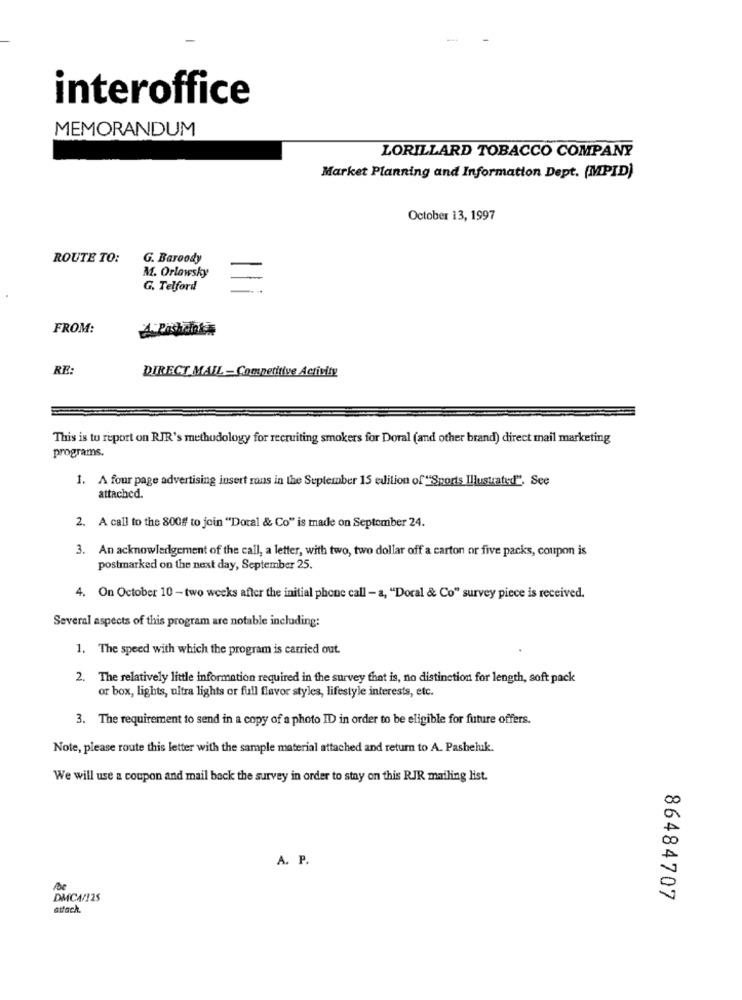
interoffice
MEMORANDUM
LORILLARD TOBACCO COMPANY
Market Planning and Information Dept. (MPID)
October 13, 1997
ROUTE TO:
G. Baroody
M. Orlowsky
G. Telford
FROM:
RE:
DIRECT MAIL - Competitive Activity
This is to report on RIR's methodology for recruiting smokers for Doral (and other brand) direct mail marketing
programs.
1. A four page advertising insert rons in the September 15 edition of "Sports Illustrated", See
attached.
2. A call to the 800# to join "Dotal & Co" is made on September 24.
3. An acknowledgement of the call, a letter, with two, two dollar off a carton or five packs, coupon is
postmarked on the next day, September 25.
4. On October 10 - two weeks after the initial phone call - a, "Doral & Co" survey piece is received.
Several aspects of this program are notable including:
1. The speed with which the program is carried out.
2. The relatively little information required in the survey that is, no distinction for length, soft pack
or box, lights, ultra lights or full flavor styles, lifestyle interests, etc.
3. The requirement to send in a copy of a photo ID in order to be eligible for future offers.
Note, please route this letter with the sample material attached and return to A. Pasheluk.
We will use a coupon and mail back the survey in order to stay on this RJR mailing list.
A. P.
DMCA/125
86484707
attach